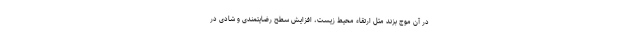
در آن موج بزند مثل ارتقاء محیط زیست، افزایش سطح رضایتمندی و شادی در